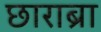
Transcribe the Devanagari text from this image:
छाराब्रा